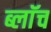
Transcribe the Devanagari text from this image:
ब्लाॅच